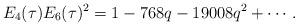
LaTeX: \begin{align*}E_4(\tau)E_6(\tau)^2=1-768q-19008q^2+\cdots.\end{align*}